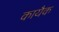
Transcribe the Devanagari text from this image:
कायैक